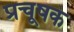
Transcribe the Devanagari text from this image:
प्रचूषक